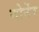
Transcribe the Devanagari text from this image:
मोर्नेर